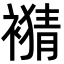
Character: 𧜹